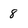
Character: 8